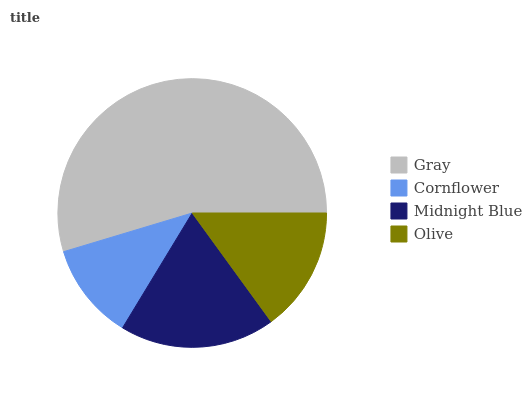
| Gray | Cornflower | Midnight Blue | Olive |
 | --- | --- | --- | --- |
 | 54.7% | 11.7% | 18.6% | 15% |